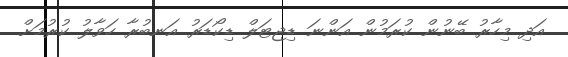
އަދި މިހާރު ބޭނުން ކުރަމުން އަންނަ ޑިޖިޓަލް ޑިކޯޑަރު އަނބުރާ ހަވާލު ކުރުމަށް